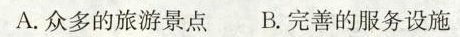
A.众多的旅游景点 B.完善的服务设施